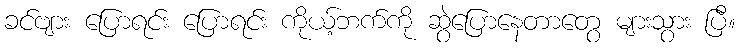
ခင်ဗျား ပြောရင်း ပြောရင်း ကိုယ့်ဘက်ကို ဆွဲပြောနေတာတွေ များသွား ပြီ။